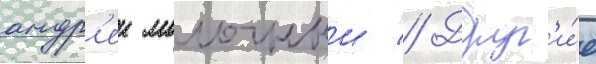
андр'еи молочныи // Друг'и́е